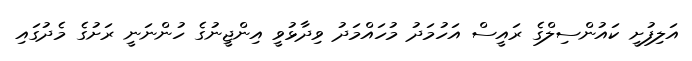
އަލިފުށީ ކައުންސިލްގެ ރައީސް އަހުމަދު މުހައްމަދު ވިދާޅުވީ އިންޖީނުގެ ހުންނަނީ ރަށުގެ މެދުގައި